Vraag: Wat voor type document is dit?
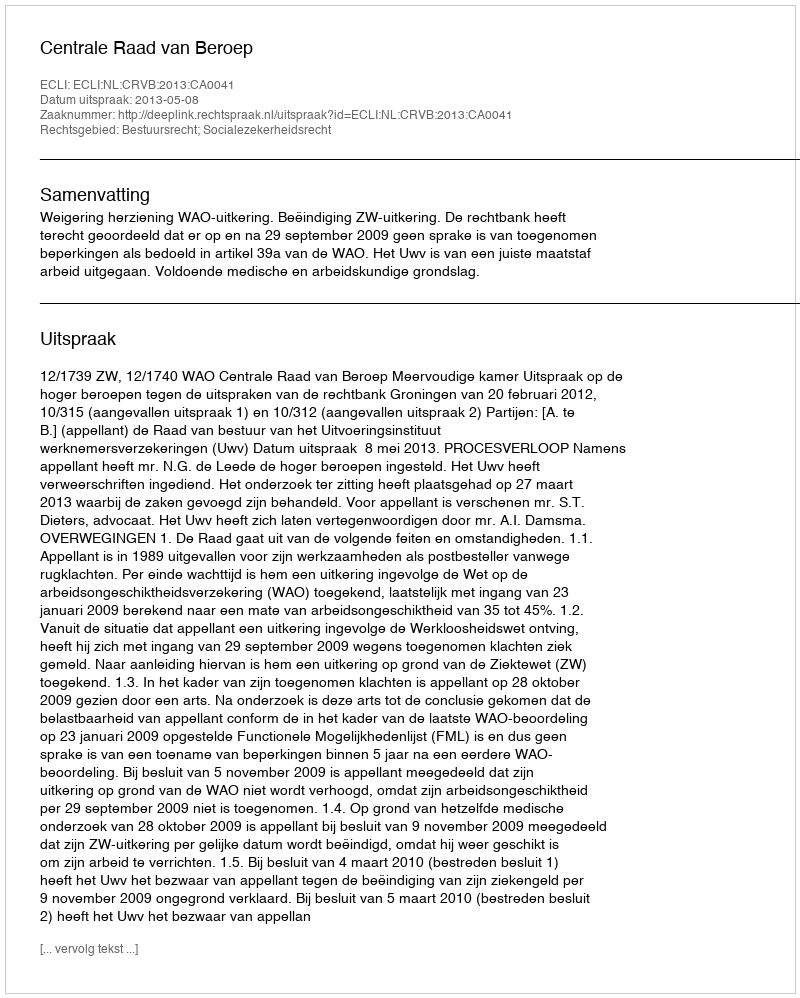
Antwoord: Uitspraak